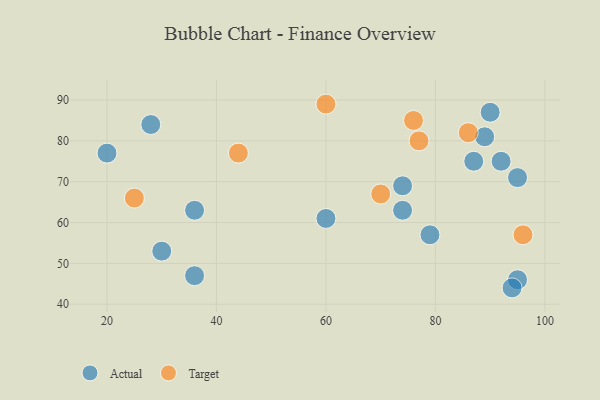
{"axis": {"x": "GDP", "y": "Life Expectancy"}, "legend": ["Actual", "Target"], "data": [{"x": "74", "y": 63, "type": "Actual"}, {"x": "89", "y": 81, "type": "Actual"}, {"x": "20", "y": 77, "type": "Actual"}, {"x": "87", "y": 75, "type": "Actual"}, {"x": "28", "y": 84, "type": "Actual"}, {"x": "92", "y": 75, "type": "Actual"}, {"x": "95", "y": 71, "type": "Actual"}, {"x": "36", "y": 47, "type": "Actual"}, {"x": "60", "y": 61, "type": "Actual"}, {"x": "74", "y": 69, "type": "Actual"}, {"x": "95", "y": 46, "type": "Actual"}, {"x": "79", "y": 57, "type": "Actual"}, {"x": "30", "y": 53, "type": "Actual"}, {"x": "90", "y": 87, "type": "Actual"}, {"x": "36", "y": 63, "type": "Actual"}, {"x": "94", "y": 44, "type": "Actual"}, {"x": "96", "y": 57, "type": "Target"}, {"x": "86", "y": 82, "type": "Target"}, {"x": "44", "y": 77, "type": "Target"}, {"x": "25", "y": 66, "type": "Target"}, {"x": "60", "y": 89, "type": "Target"}, {"x": "77", "y": 80, "type": "Target"}, {"x": "76", "y": 85, "type": "Target"}, {"x": "70", "y": 67, "type": "Target"}]}